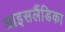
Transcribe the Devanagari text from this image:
आइसलैंडिका